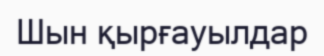
Шын қырғауылдар